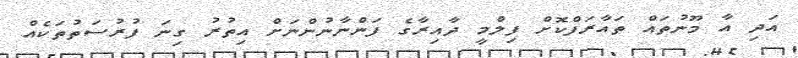
އަދި އާ މޫނުތައް ތައާރަފްކޮށް ފިލްމީ ދާއިރާގެ ފަންނާނުންނަށް އިތުރު ގިނަ ފުރުސަތުތަކެއް